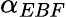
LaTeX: \alpha_{EBF}